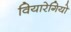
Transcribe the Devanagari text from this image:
वियारेगियो